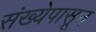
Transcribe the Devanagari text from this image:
संख्येपासून